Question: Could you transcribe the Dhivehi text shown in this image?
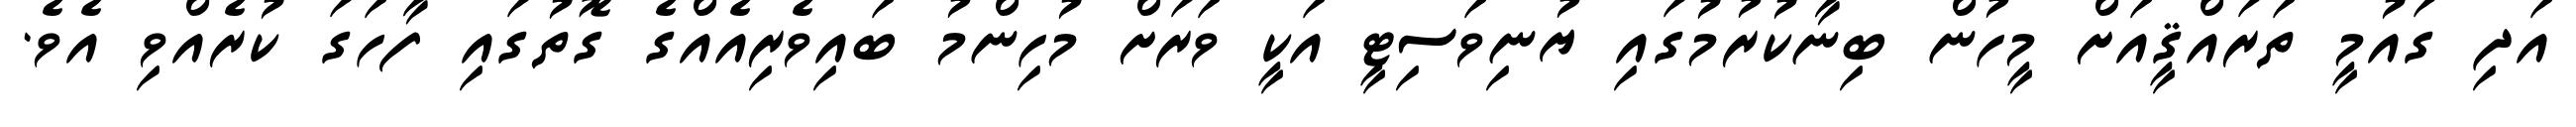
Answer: އަދި ގައުމީ ތަރައްޤީއަށް މީހުން ބިނާކުރުމުގައި ޔުނިވަސިޓީ އަކީ ވަރަށް މުހިންމު ބައިވެރިއެއްގެ ގޮތުގައި ފާހަގަ ކުރެއްވި އެވެ.